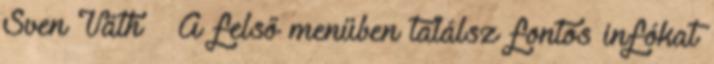
Sven Väth → A felső menüben találsz fontos infókat